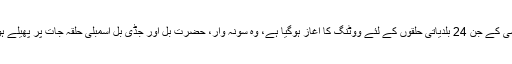
ایس ایم سی کے جن 24 بلدیاتی حلقوں کے لئے ووٹنگ کا آغاز ہوگیا ہے، وہ سونہ وار، حضرت بل اور جڈی بل اسمبلی حلقہ جات پر پھیلے ہوئے ہیں۔